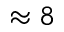
\approx 8